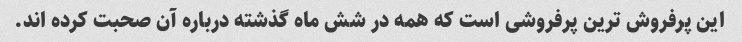
این پرفروش ترین پرفروشی است که همه در شش ماه گذشته درباره آن صحبت کرده اند.